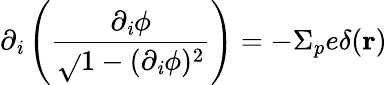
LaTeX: \partial_{\mathit{i}}\left(\frac{{\partial_{\mathit{i}}\phi}}{{\sqrt{}{{1-(\partial_{\mathit{i}}\phi)^{2}}}}}\right)=-\Sigma_{p}e\delta({\mathbf{r}})